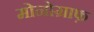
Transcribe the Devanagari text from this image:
मोनोग्राफ़